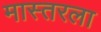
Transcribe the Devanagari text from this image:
मास्तरला